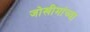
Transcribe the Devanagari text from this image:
जोखीमांच्या